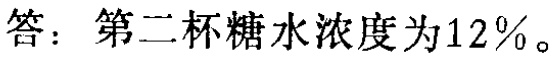
答：第二杯糖水浓度为\(12\%\)。